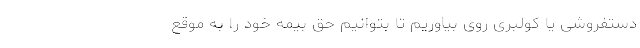
دستفروشی یا کولبری روی بیاوریم تا بتوانیم حق بیمه خود را به موقع